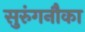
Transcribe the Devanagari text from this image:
सुरुंगनौका